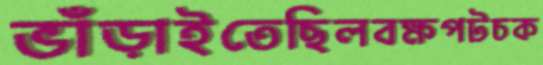
ভাঁড়াইতেছিলবক্ষপটচক